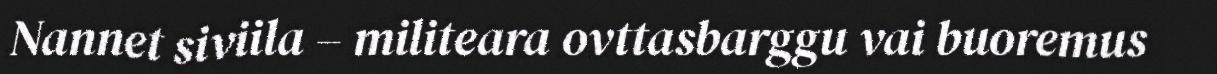
Nannet siviila – militeara ovttasbarggu vai buoremus